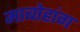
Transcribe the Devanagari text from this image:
माबोहांग